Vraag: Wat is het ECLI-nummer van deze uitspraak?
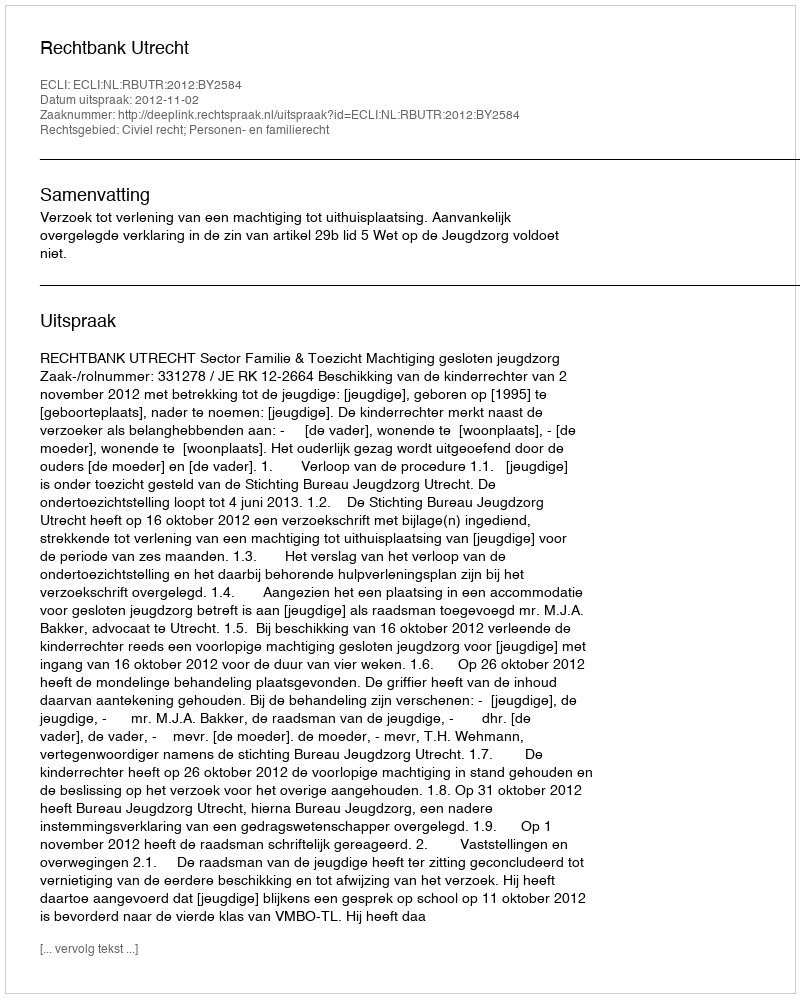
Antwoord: ECLI:NL:RBUTR:2012:BY2584